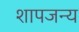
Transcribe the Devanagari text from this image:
शापजन्य